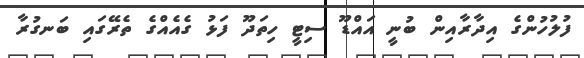
ފުލުހުންގެ އިދާރާއިން ބުނީ އައްޑޫ ސިޓީ ހިތަދޫ ފަޅު ގެއެއްގެ ތެރޭގައި ބަނގުރާ